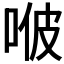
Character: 𠳩